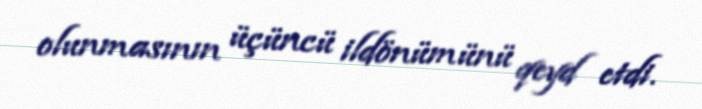
olunmasının üçüncü ildönümünü qeyd etdi.